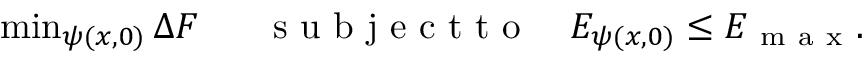
\begin{array} { r } { \operatorname* { m i n } _ { \psi ( x , 0 ) } \Delta F \mathrm { ~ \ \ \ \ \ s ~ u ~ b ~ j ~ e ~ c ~ t ~ t ~ o ~ \ \ \ } E _ { \psi ( x , 0 ) } \le E _ { \mathrm { ~ m ~ a ~ x ~ } } . } \end{array}